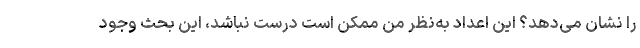
را نشان می‌دهد؟ این اعداد به‌نظر من ممکن است درست نباشد، این بحث وجود